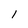
Character: 1